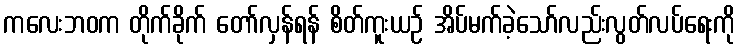
ကလေးဘဝက တိုက်ခိုက် တော်လှန်ရန် စိတ်ကူးယဉ် အိပ်မက်ခဲ့သော်လည်းလွတ်လပ်ရေးကို